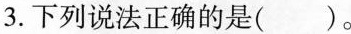
3.下列说法正确的是()。